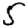
Digit: 5